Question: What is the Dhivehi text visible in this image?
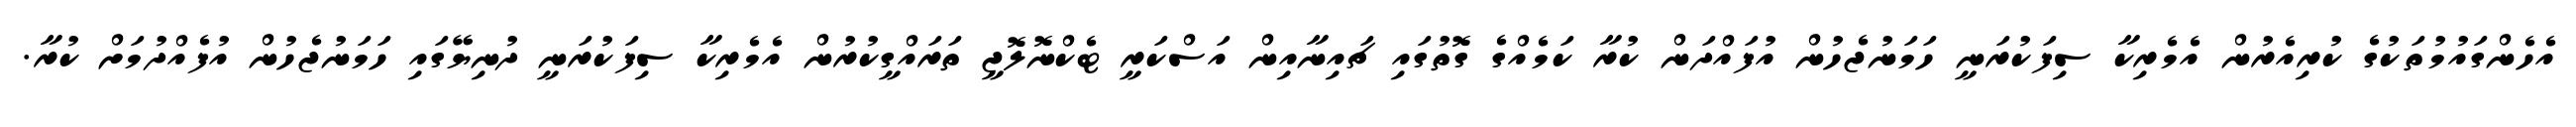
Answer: އެހެންގައުމުތަކުގެ ކުރިއެރުން އެމެރިކާ ސިފަކުރަނީ ހަމަނުޖެހުން އުފައްދަން ކުރާ ކަމެއްގެ ގޮތުގައި ޗައިނާއިން އަސްކަރީ ޓެކްނޮލޮޖީ ތަރައްގީކުރުން އެމެރިކާ ސިފަކުރަނީ ދުނިޔޭގައި ހަމަނުޖެހުން އުފެއްދުމަށް ކުރާ.